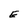
Character: E